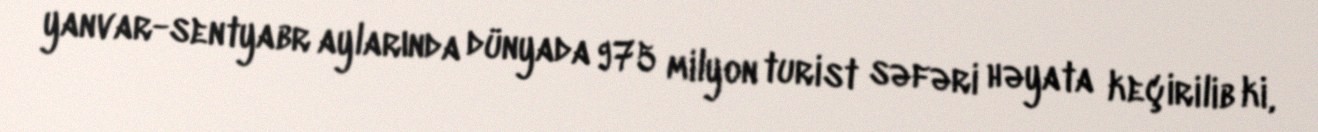
yanvar-sentyabr aylarında dünyada 975 milyon turist səfəri həyata keçirilib ki,